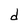
Character: d